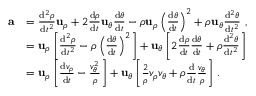
{ \begin{array} { r l } { \mathbf { a } } & { = { \frac { \mathrm { d } ^ { 2 } \rho } { \mathrm { d } t ^ { 2 } } } \mathbf { u } _ { \rho } + 2 { \frac { \mathrm { d } \rho } { \mathrm { d } t } } \mathbf { u } _ { \theta } { \frac { \mathrm { d } \theta } { \mathrm { d } t } } - \rho \mathbf { u } _ { \rho } \left( { \frac { \mathrm { d } \theta } { \mathrm { d } t } } \right) ^ { 2 } + \rho \mathbf { u } _ { \theta } { \frac { \mathrm { d } ^ { 2 } \theta } { \mathrm { d } t ^ { 2 } } } \ , } \\ & { = \mathbf { u } _ { \rho } \left[ { \frac { \mathrm { d } ^ { 2 } \rho } { \mathrm { d } t ^ { 2 } } } - \rho \left( { \frac { \mathrm { d } \theta } { \mathrm { d } t } } \right) ^ { 2 } \right] + \mathbf { u } _ { \theta } \left[ 2 { \frac { \mathrm { d } \rho } { \mathrm { d } t } } { \frac { \mathrm { d } \theta } { \mathrm { d } t } } + \rho { \frac { \mathrm { d } ^ { 2 } \theta } { \mathrm { d } t ^ { 2 } } } \right] } \\ & { = \mathbf { u } _ { \rho } \left[ { \frac { \mathrm { d } v _ { \rho } } { \mathrm { d } t } } - { \frac { v _ { \theta } ^ { 2 } } { \rho } } \right] + \mathbf { u } _ { \theta } \left[ { \frac { 2 } { \rho } } v _ { \rho } v _ { \theta } + \rho { \frac { \mathrm { d } } { \mathrm { d } t } } { \frac { v _ { \theta } } { \rho } } \right] \, . } \end{array} }